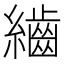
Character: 𮉕